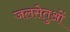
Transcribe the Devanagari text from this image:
जलसेतुओं